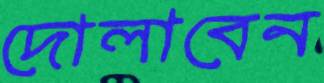
দোলাবেন